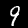
Digit: 9